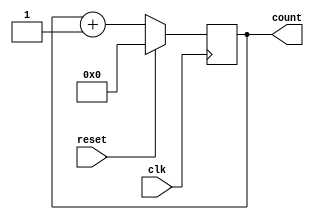
module counter (
    input wire clk,
    input wire reset,
    output reg [7:0] count
);

always @(posedge clk) begin
    if (reset) begin
        count <= 8'd0;
    end else begin
        count <= count + 1;
    end
end

endmodule